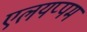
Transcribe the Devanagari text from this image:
एलयप्पम